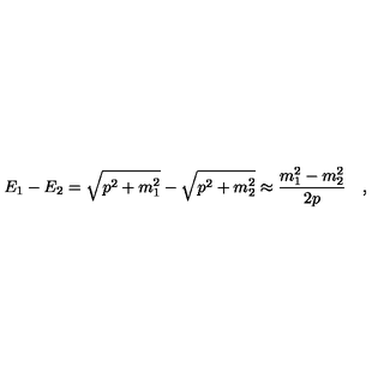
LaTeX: E _ { 1 } - E _ { 2 } = \sqrt { p ^ { 2 } + m _ { 1 } ^ { 2 } } - \sqrt { p ^ { 2 } + m _ { 2 } ^ { 2 } } \approx \frac { m _ { 1 } ^ { 2 } - m _ { 2 } ^ { 2 } } { 2 p } \quad ,